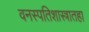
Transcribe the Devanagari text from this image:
वनस्पतिशास्त्रातहा